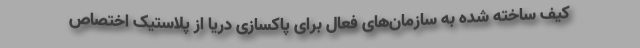
کیف ساخته شده به سازمان‌های فعال برای پاکسازی دریا از پلاستیک اختصاص